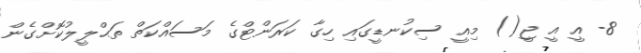
8- އީ އީ ޖީ() މިއީ ސިކުނޑީގައި ހިގާ ކަރަންޓްގެ މަސައްކަތް ތަޙްލީލުކޮށްގެން